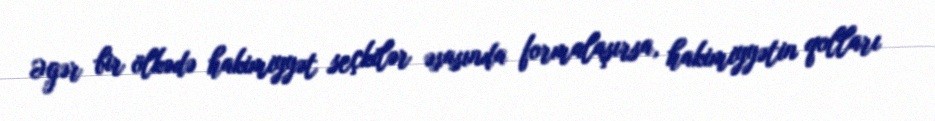
Əgər bir ölkədə hakimiyyət seçkilər əsasında formalaşırsa, hakimiyyətin qolları